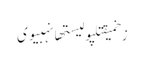
زخمیقتلپولیستھانہبیوی